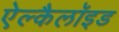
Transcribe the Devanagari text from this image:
ऐल्कैलॉइड